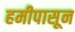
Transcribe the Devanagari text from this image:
हमीपासून